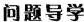
问题导学